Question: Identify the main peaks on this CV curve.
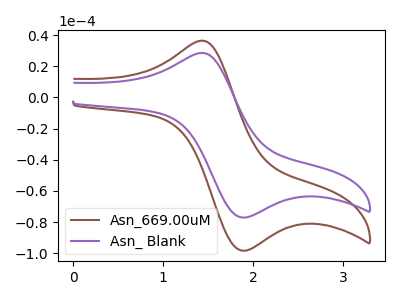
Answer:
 <answer>The brown curve "Asn_669.00uM" has an anodic peak at (1.40V, 36.30uA) and a cathodic peak at (1.85V, -98.25uA). The purple curve "Asn_ Blank" has an anodic peak at (1.40V, 28.45uA) and a cathodic peak at (1.85V, -77.00uA).</answer>
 <eval></eval>